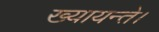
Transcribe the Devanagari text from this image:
ख्यायन्ते।